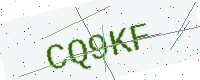
Text: CQ9KF